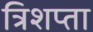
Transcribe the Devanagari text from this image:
त्रिशप्ता